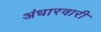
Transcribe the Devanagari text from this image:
अंधारवारी